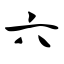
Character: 六